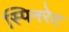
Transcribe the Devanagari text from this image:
स्पिनरेट